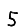
Digit: 5